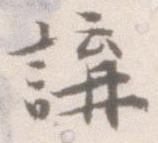
講